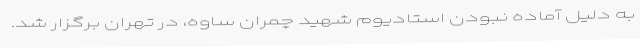
به دلیل آماده نبودن استادیوم شهید چمران ساوه، در تهران برگزار شد.